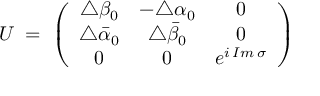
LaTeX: U \; = \; \left( \begin{array} { c c c } { { \triangle \beta _ { 0 } } } & { { - \triangle \alpha _ { 0 } } } & { { 0 } } \\ { { \triangle \bar { \alpha } _ { 0 } } } & { { \triangle \bar { \beta } _ { 0 } } } & { { 0 } } \\ { { 0 } } & { { 0 } } & { { e ^ { i \, I m \, \sigma } } } \end{array} \right)